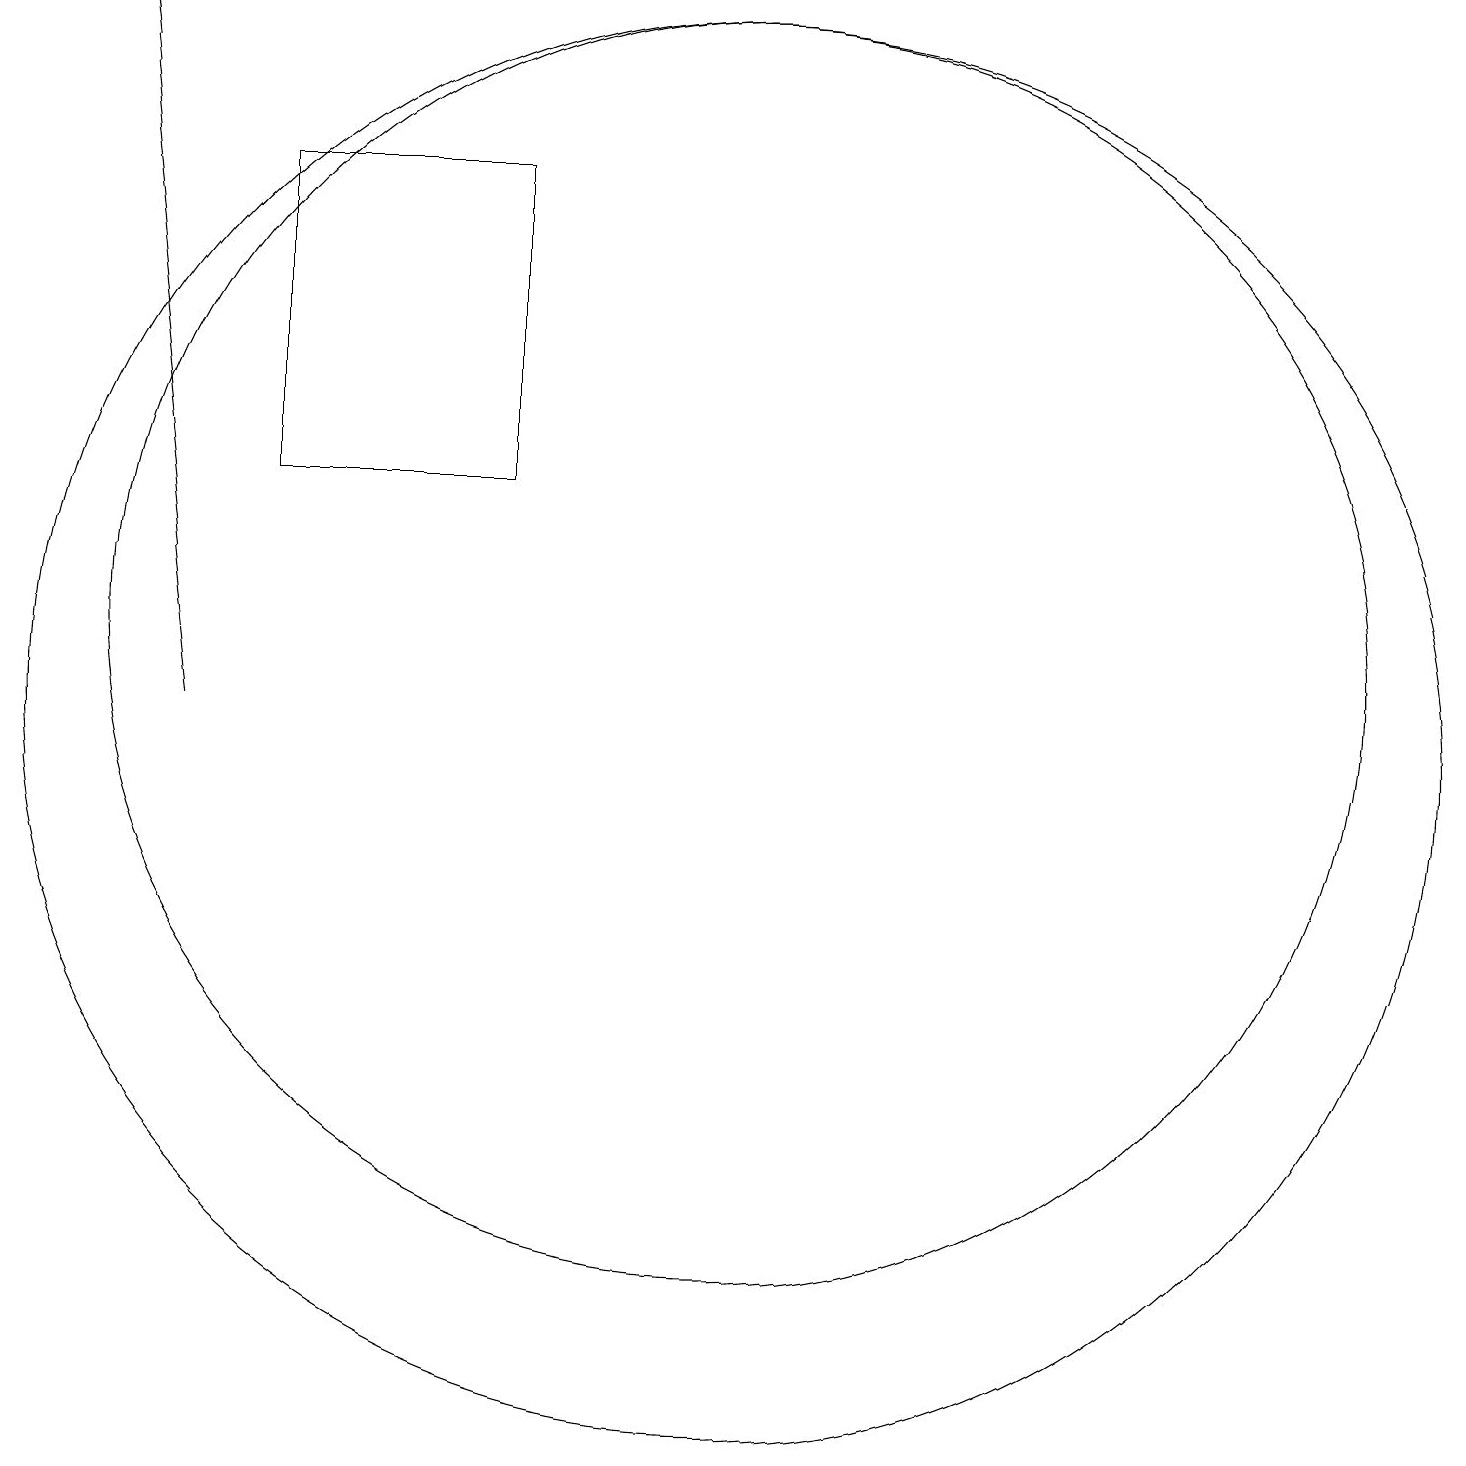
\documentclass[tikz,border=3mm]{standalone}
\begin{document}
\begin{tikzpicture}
\draw (11,11) circle (8);
\draw (5,17) rectangle (8,13);
\draw (11,10) circle (9);
\draw[->] (4,10) -- (3,19);
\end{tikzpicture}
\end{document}